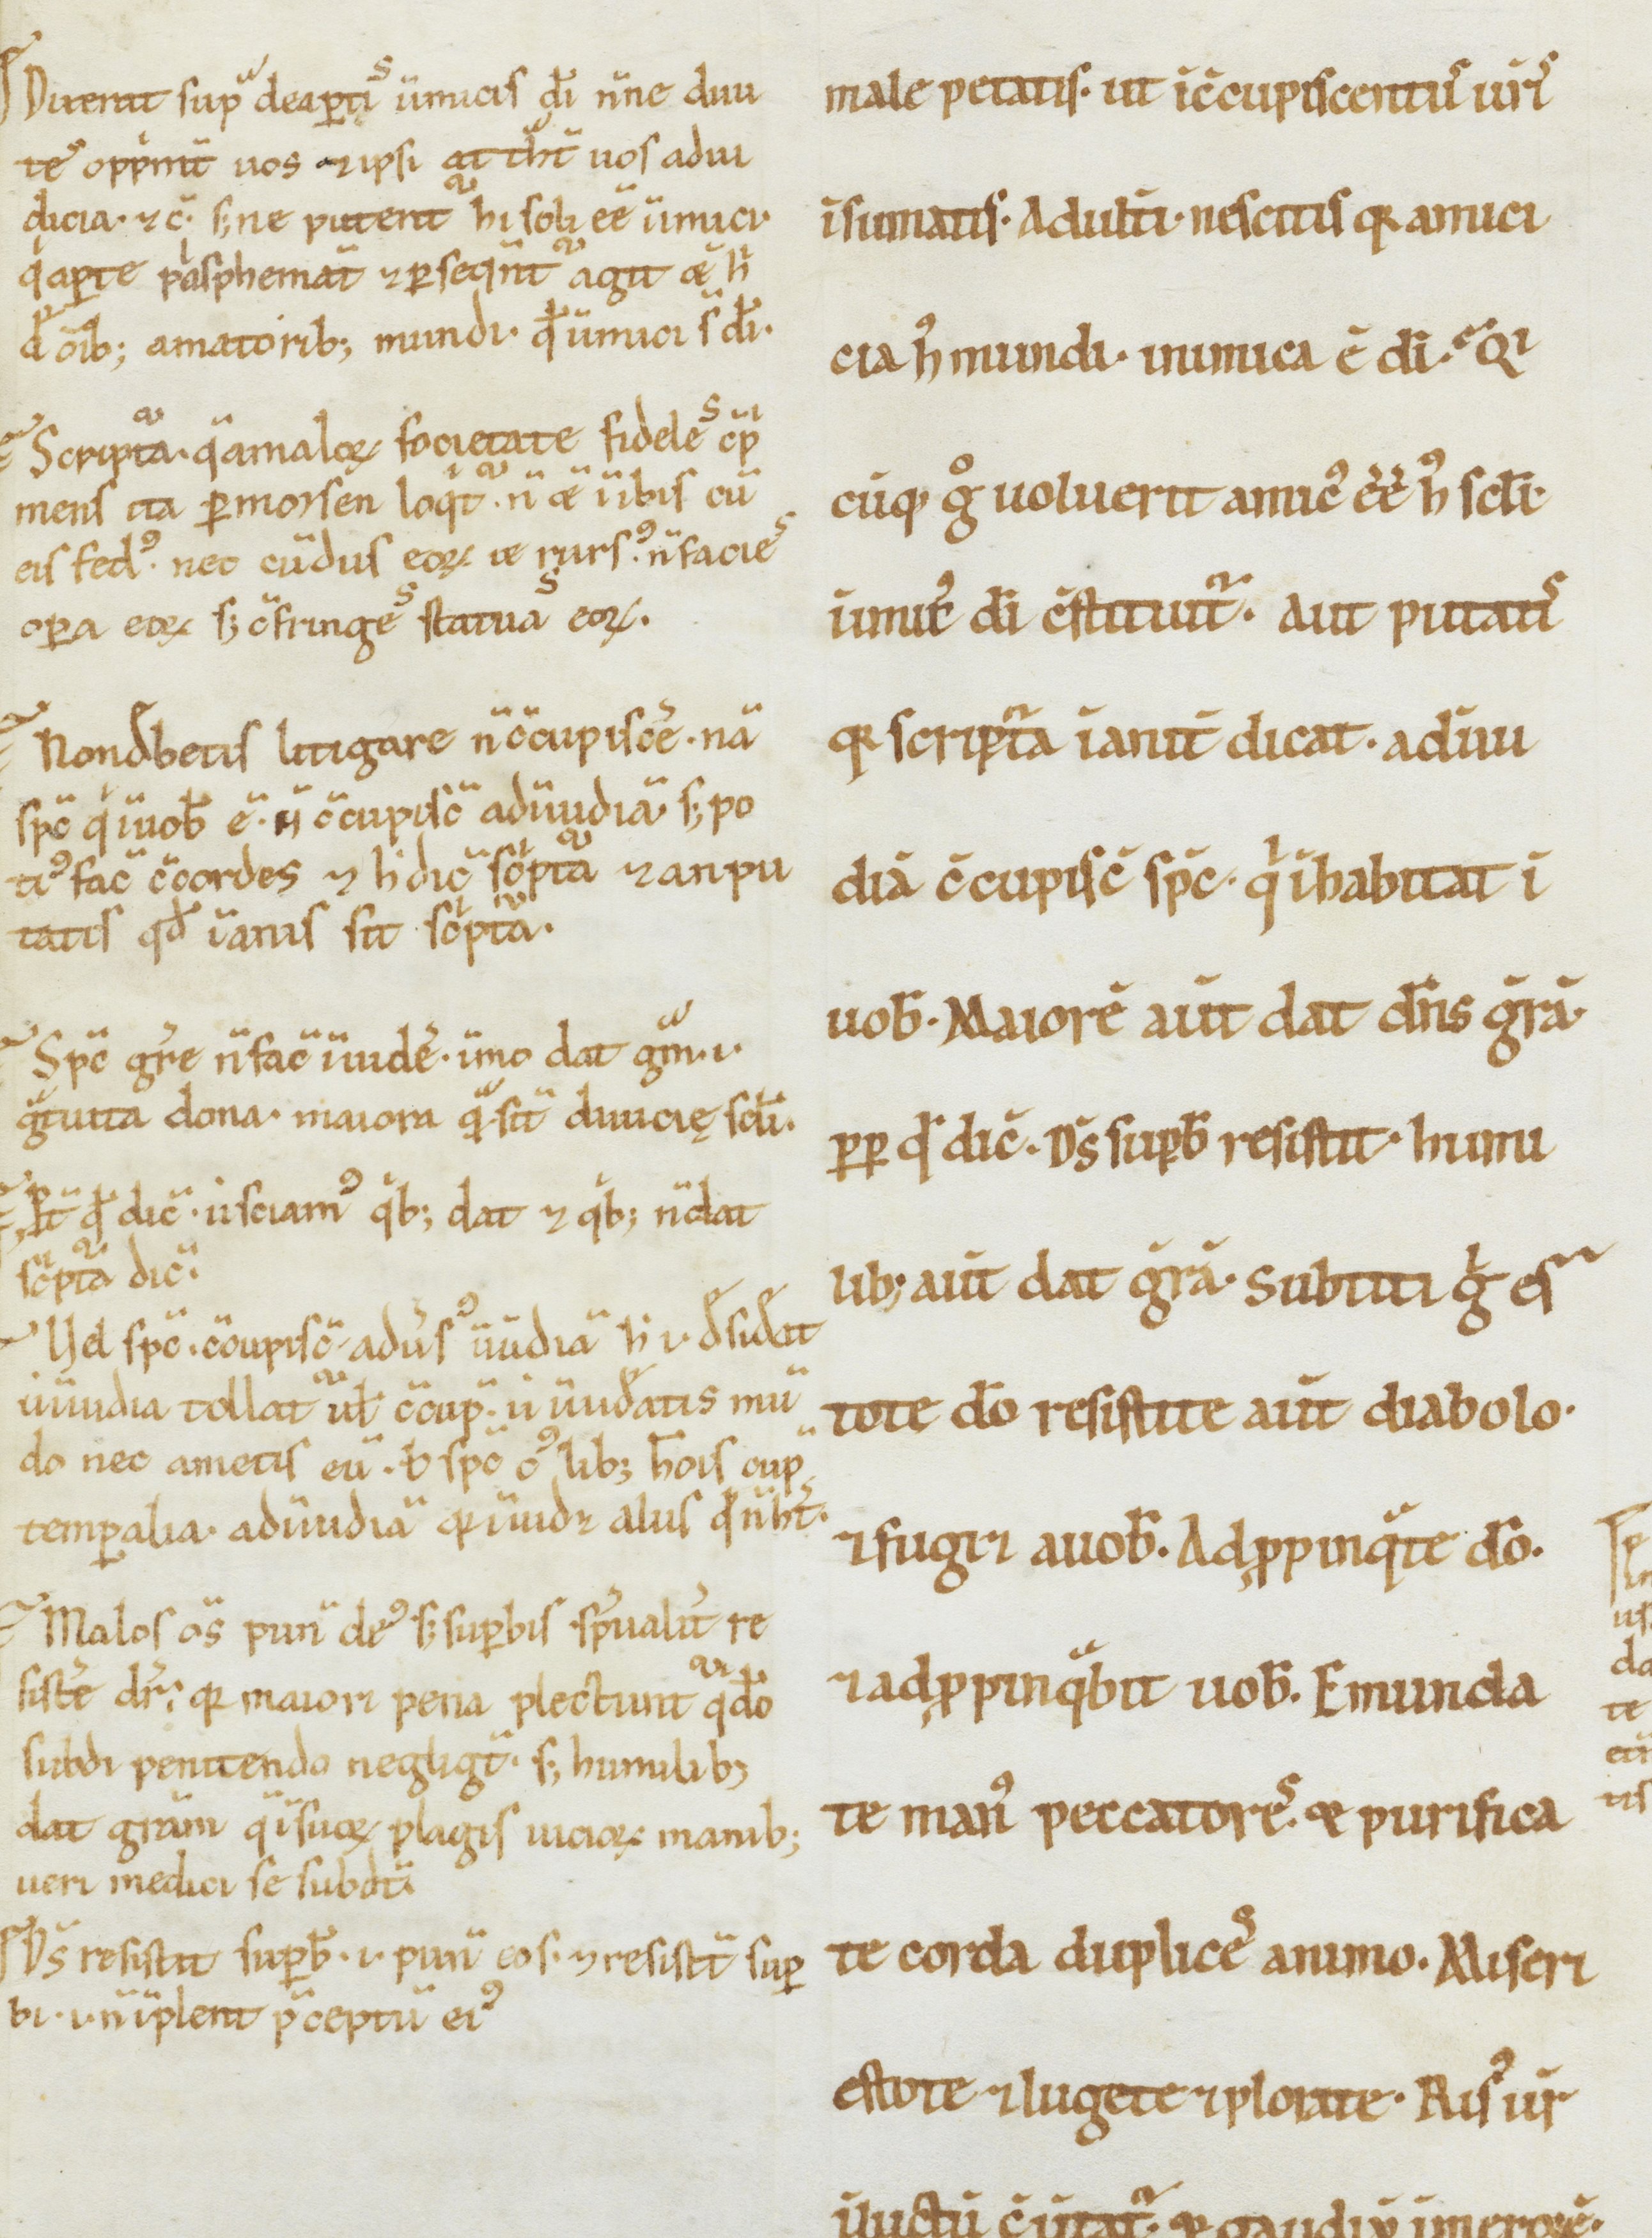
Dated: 900–1199